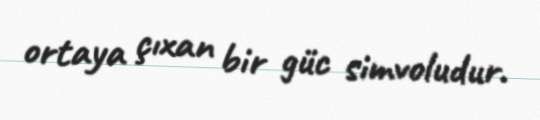
ortaya çıxan bir güc simvoludur.